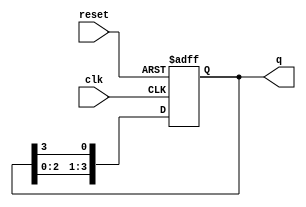
module ring_counter (
    input wire clk,        // Clock input
    input wire reset,      // Asynchronous reset
    output reg [3:0] q     // 4-bit output
);

    // Initial state for the ring counter
    initial begin
        q = 4'b0001; // Start with the first flip-flop set to '1'
    end

    // Synchronous process
    always @(posedge clk or posedge reset) begin
        if (reset) begin
            q <= 4'b0001; // Reset to initial state
        end else begin
            // Shift the '1' through the ring
            q <= {q[2:0], q[3]}; // Shift left and wrap around
        end
    end

endmodule